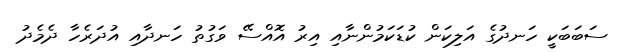
ސަބަބަކީ ހަނދުގެ އަލިކަން ކުޑަކަމުންނާއި އިރު އޮއްސޭ ވަގުތު ހަނދާއި އުދަރެހާ ދެމެދު